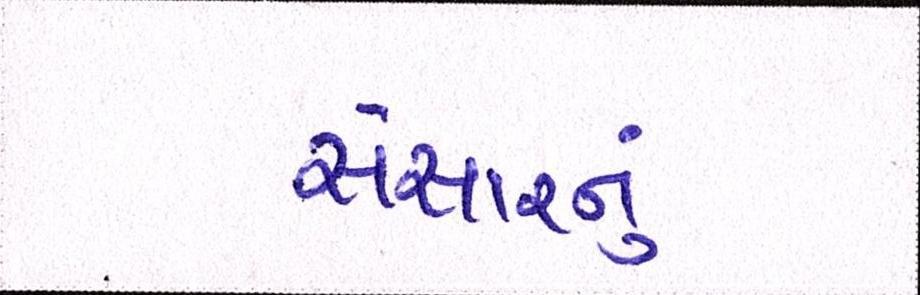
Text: સંસારનું